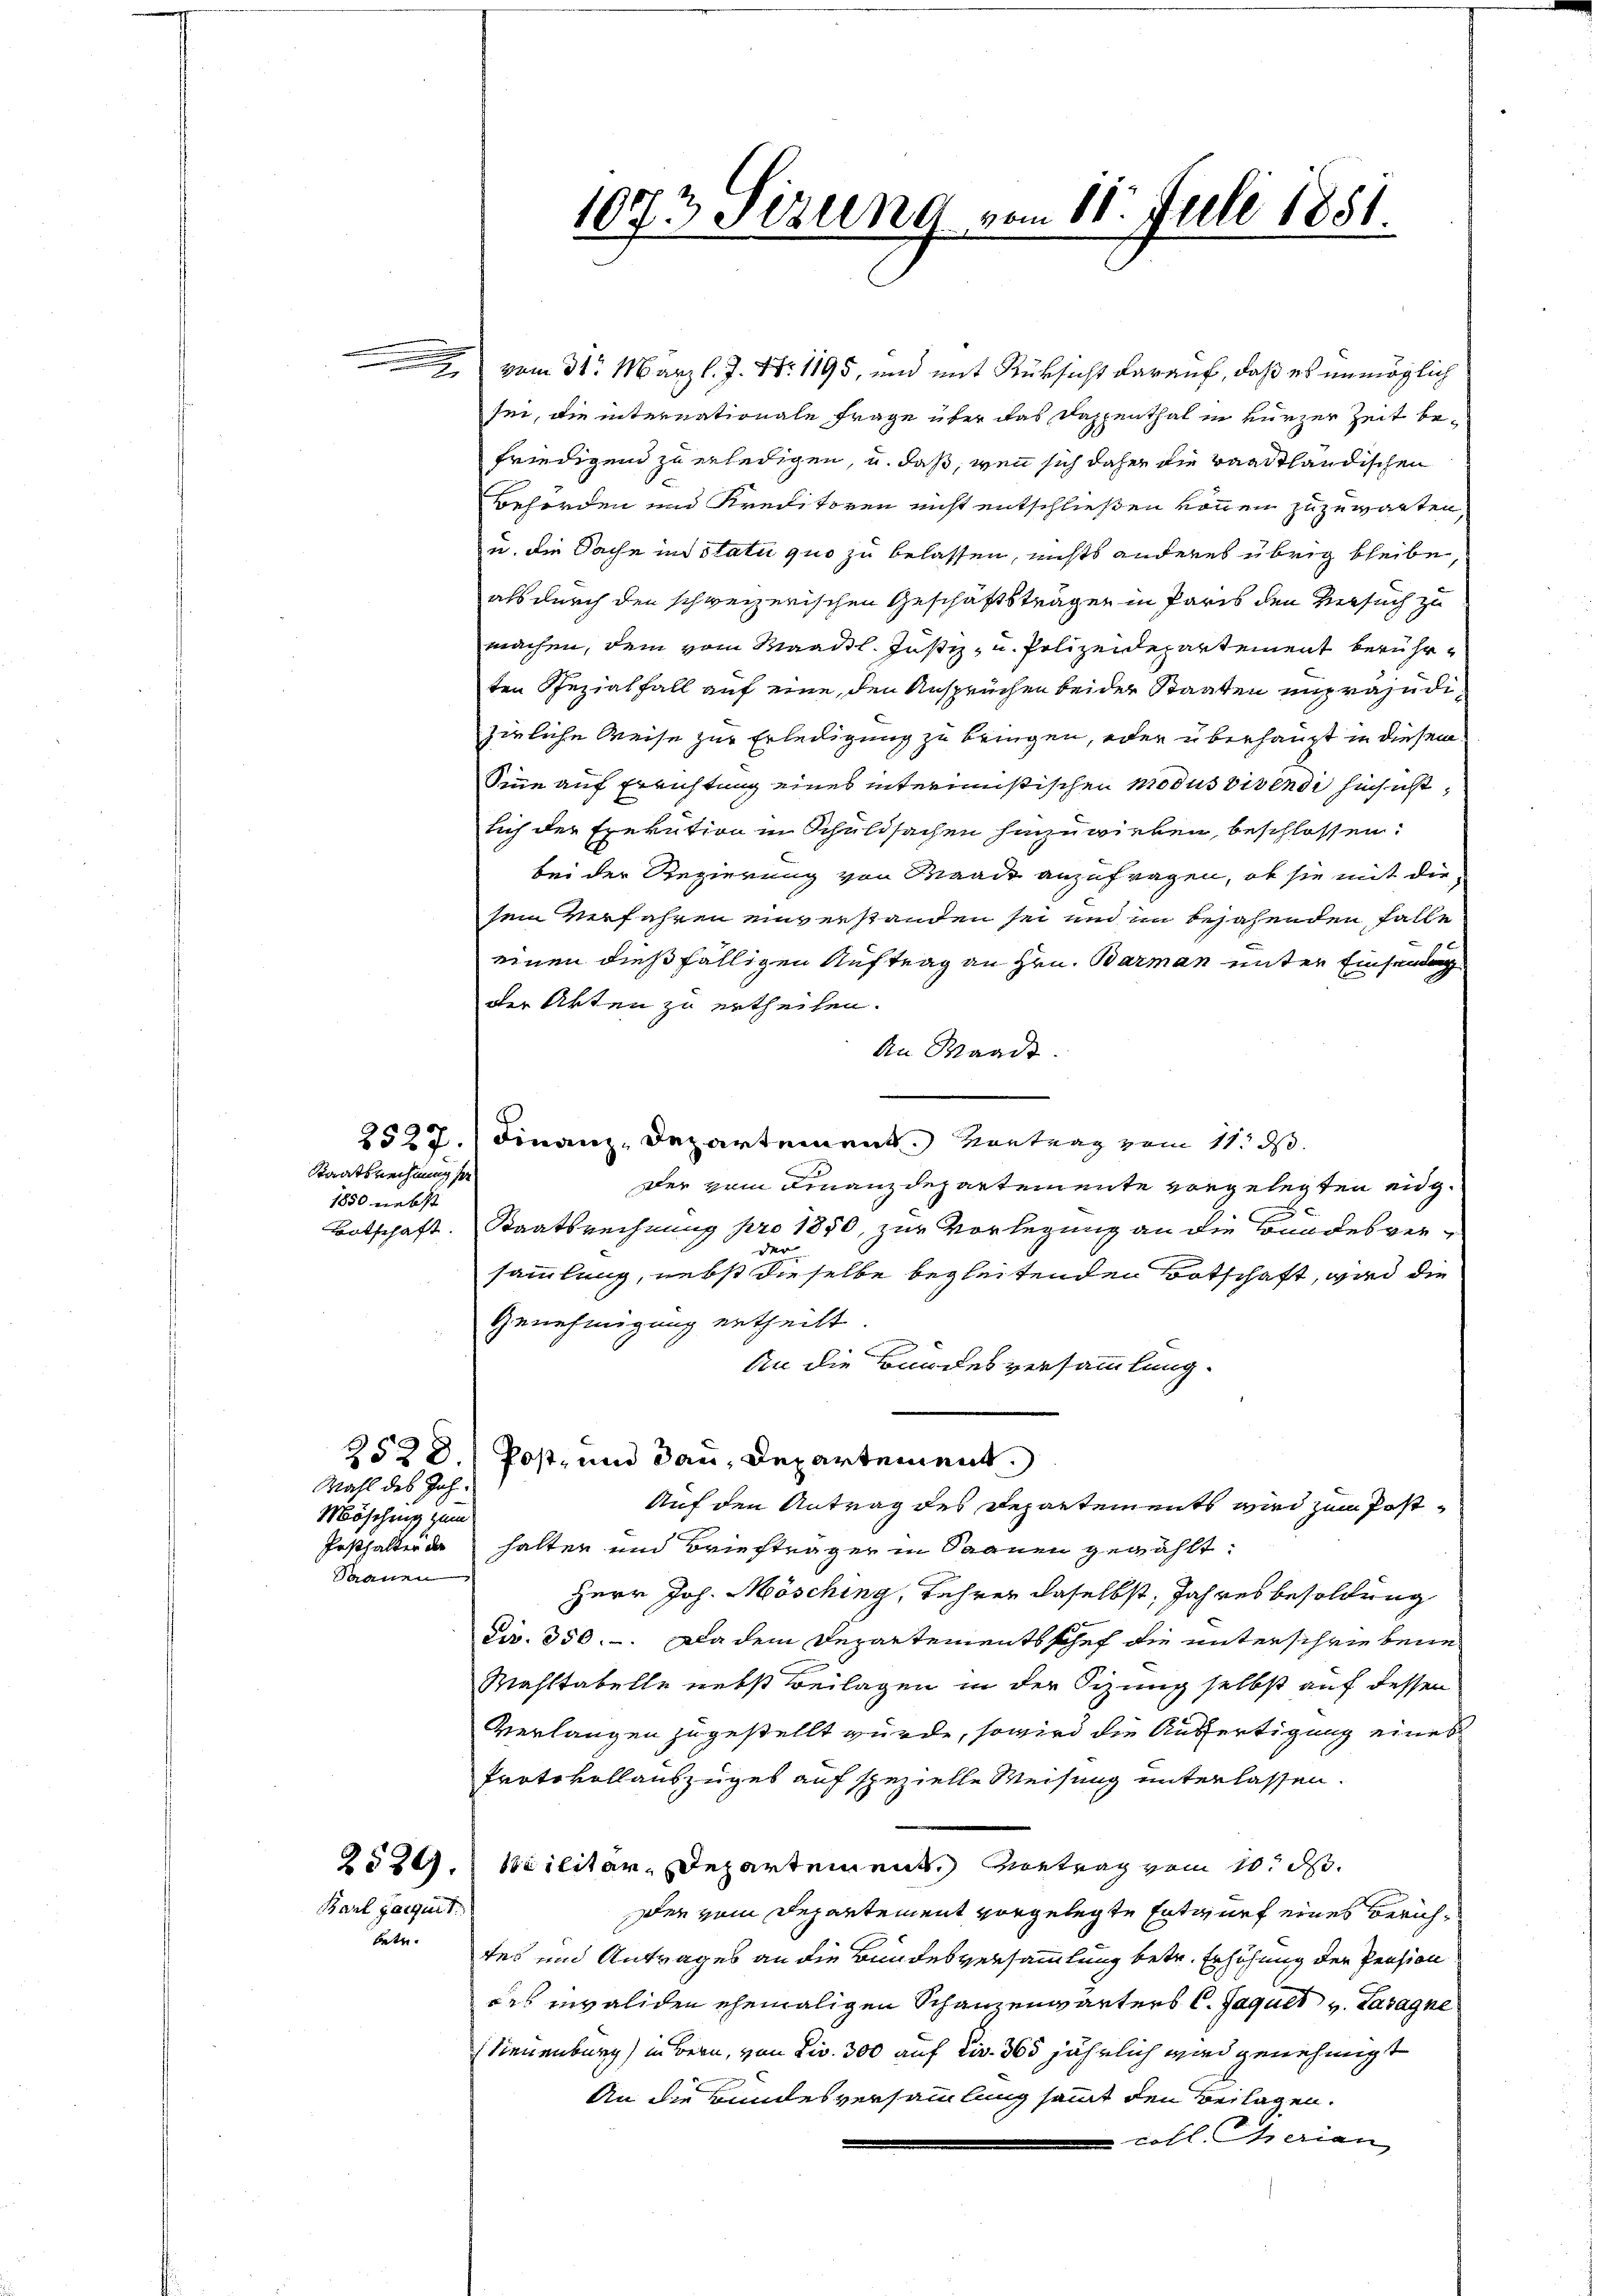
Staatsrechnung se
1850 nebst

Wahl des Joh.
Möschung zum
aanen

Barl garquet
tete.

.

vom 31. März l. J. Nr. 1195, und mit Rüksicht darauf, daß es unmöglich
sei, die internationale Frage über das Dappenthal in kurzer Zeit befriedigend zu erledigen, u. daß, wenn sich daher die waadtländischen
Behörden und Kreditoren nicht entschließen können zuzuwarten,
u. die Sache ins statu quo zu belassen, nichts anderes übrig bleibe,
als durch den schweizerischen Geschäftsträgen in Paris den Versuch zu
machen, dem vom Maadil. Justiz- u. Polizeidepartement berührten Spezialfall auf eine, den Ansprüchen beider Staaten unpräjudizirliche Weise zur Erledigung zu bringen, oder überhaupt in diesem
Sinne auf Errichtung eines interimistischen Modus vivendi hinsicht,
lich der Exekution in Schuldsachen hinzuwirken, beschlossen:
bei der Regierung von Waadt anzufragen, ob sie mit die
sein Verfahren einverstanden sei und in bejahenden Falle
einen dießfälligen Auftrag an Hrn. Barman unter Einsendung
der Akten zu ertheilen.
An Mande.
2522.) Finanz-Departement. Vortrag vom 11. ds.
der vom Finanzdepartemente vorgelegten eig¬
Botschaft. Staatsrechnung pro 1850, zur Vorlegung an die Bundesverder
sammlung, nebst dieselbe begleitenden Botschaft, wird die
Genehmigung ertheilt
An die Bandesversammlung.
2528.) Post- und dann, Departement.
Auf den Antrag des Departements wird zum Post¬
Posthalter da halten und Briefträger in Saanen gewählt:
Herr Joh. Mösching, Lehrer daselbst, Jahresbesoldung
Fir. 350. –. Da dem Departementsschuf die unterschriebene
Mahltabelle nebst Beilagen in der Sizung selbst auf dessen
Verlangen zugestellt wurde, sowird die Auffertigung eines
Protokollauszuges auf spezielle Weisung unterlassen.
2524. Militär-Departement. Vortrag vom 10. d.
Der vom Departement vorgelegte Entwurf eines Zürichtes und Antrages an die Bundesversammlung betr. Erhöhung der Pension
des invaliden ehemaligen Schanzenwarters l. Jaquet v. Lasagne
Sieuenburg) in Bern, von Dir. 300 auf civ. 365 jährlich wird genehmigt
An die Bundesversammlung sammt den Beilagen.
coll. Iherian

1073 Sezung vom 11. Juli 1851.